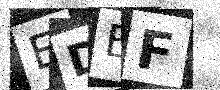
Text: EDEF